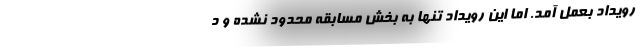
رویداد بعمل آمد. اما این رویداد تنها به بخش مسابقه محدود نشده و د